system: You are a helpful assistant.
user:
Analyze the provided spectrum to determine if it is a **Carbon Star (C-type)**.

- **Key Visual Indicators of Carbon Star:**
    - **(Primary):** Strong molecular absorption from **C₂ (diatomic carbon) "Swan Bands."** This is the **defining feature** of a carbon star.
        - **(Key Bandheads):** Sharp absorption edges are visible at approximately $5635$ Å, $5165$ Å (the strongest band), and $4737$ Å.
        - **(Line Profile):** Creates a distinct **"saw-tooth"** pattern. The key morphology is a sharp, steep bandhead on the **red (long-wavelength) side**, which then gradually tapers off (i.e., flux recovers) towards the **blue (short-wavelength) side**. *(This is the direct opposite of the TiO bands seen in M-type stars)*.

    - **(Secondary):** Intense **CN (cyanogen)** molecular absorption bands.
        - **(Key Bandheads):** Located in the blue and violet regions of the spectrum (e.g., near $4215$ Å and $3883$ Å).
        - **(Morphology):** These bands are extremely broad and act as a "blanket," absorbing the vast majority of blue and violet light. This creates a characteristic **"cliff"** or **"steep drop-off"** in the spectrum's flux at short wavelengths.

    - **(Key Confirmation):** Strong **CH absorption band (G-band)**.
        - **(Key Bandhead):** Located around $4300$ Å. The contribution from CH molecules to this band is exceptionally strong.

    - **(Overall Spectrum):**
        - The continuum is severely "chopped up" by these deep molecular bands, especially C₂, rather than appearing as a smooth curve.
        - Due to the heavy CN and C₂ absorption in the blue-green, the vast majority of the star's flux is concentrated in the red part of the spectrum, giving the star its characteristic deep red color.

Think first, call **spectral_visualization_tool** if needed to examine features in detail, then provide your final answer. Your response must adhere to the following strict rules:
1.  **Overall Structure:** Your response must follow the format `<think>...</think> <tool_call>...</tool_call> (if a tool is used) <answer>...</answer>`.
2.  **Tool Usage Constraint:** You may only make **one** tool call per turn.
3.  **Final Answer Format:** In the `<answer>` tag, your conclusion must be inside a `\boxed{}` command (e.g., `\boxed{YES}`), followed by your justification.

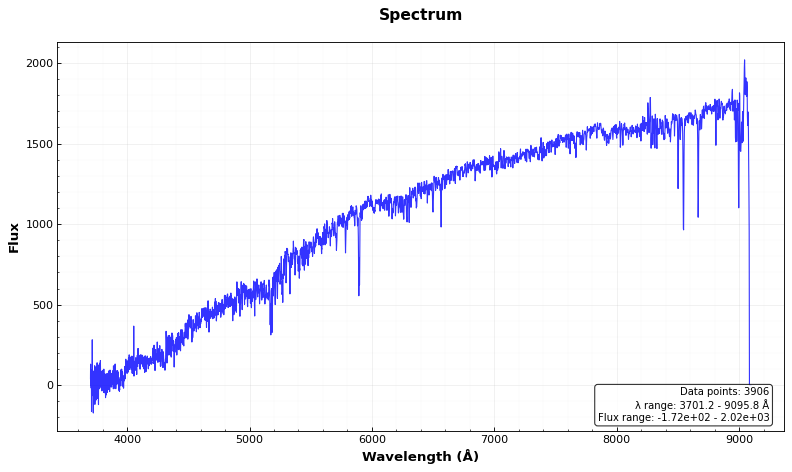
Answer: NO